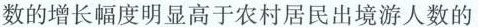
数的增长幅度明显高于农村居民出境游人数